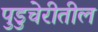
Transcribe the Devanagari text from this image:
पुडुचेरीतील